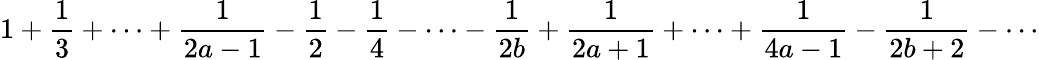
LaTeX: {1}+{\frac{1}{3}}+\cdots+{\frac{1}{2a-1}}-{\frac{1}{2}}-{\frac{1}{4}}-\cdots-{\frac{1}{2b}}+{\frac{1}{2a+1}}+\cdots+{\frac{1}{4a-1}}-{\frac{1}{2b+2}}-\cdots